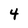
Character: 4